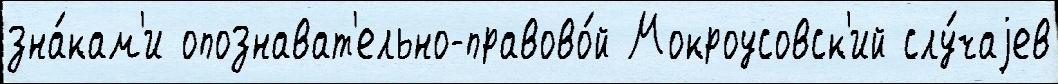
зна́кам'и опознават'ельно-правово́й Мокроусовск'ий слу́чаjев